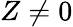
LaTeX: Z\neq 0